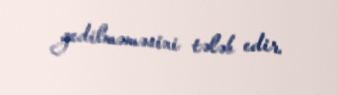
gedilməməsini tələb edir.